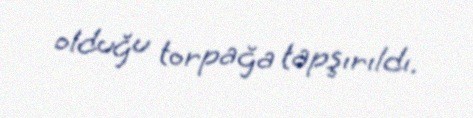
olduğu torpağa tapşırıldı.